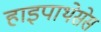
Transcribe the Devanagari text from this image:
हाइपाथेसेस